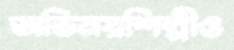
অভিনয়শিল্পীও